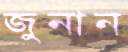
জুনান